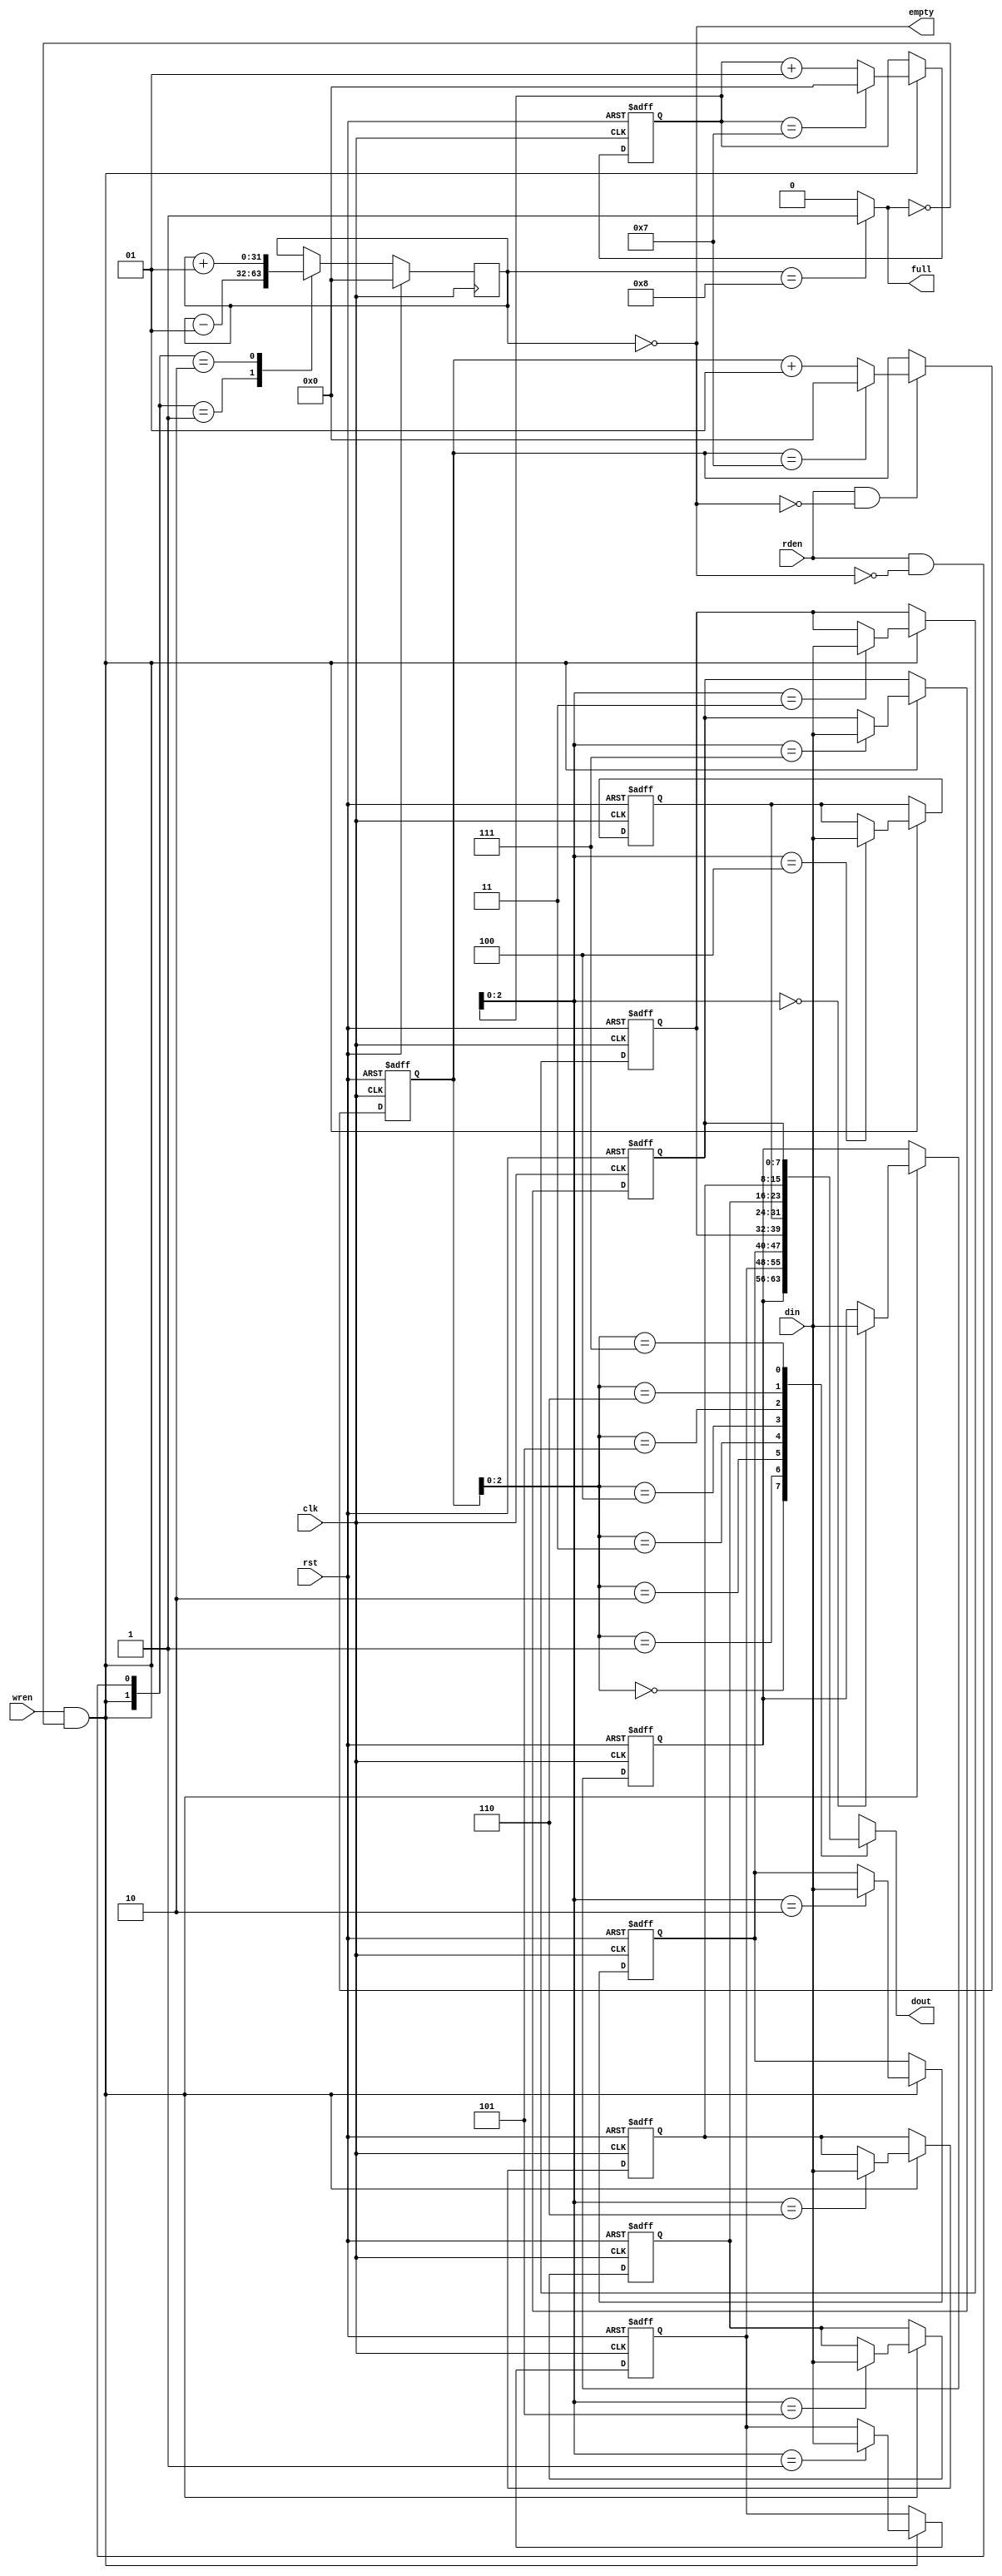
module syn_fifo #(
	parameter DATA_WIDTH = 8, 	// inpit capacity
	parameter DATA_DEPTH = 8 	// the depth of the FIFO
)
(
	input wire clk,
	input wire rst,
// Write_______________________________________________
	input wire [DATA_WIDTH-1:0]din, 	// the input data
	input wire wren, 			// Write anable
	output wire full,
// Read________________________________________________
	output wire [DATA_WIDTH-1:0]dout, 	// The output data
	input wire rden,			// Read enable
	output wire empty
);	
	
	integer q_size;		    // The queue size(length)
	integer golova; 	    // The queue beginning
	integer hvost; 		    // The end of queue

	reg [DATA_WIDTH-1:0]fifo[DATA_DEPTH-1:0];

	assign full = (q_size == DATA_DEPTH) ? 1'b1: 1'b0;			// FIFO is full
/*
 { full = (q_size==DATA_TEPTH) = 1 }, then wire "full" goes to "1" value
 { full = (q_size==DATA_TEPTH) = 0 }, then wire "full" goes to "0" value
*/
assign empty = q_size == 0;							// FIFO is empty
assign dout = fifo[hvost]; 							// FWFT (other write mode)

integer i;

//___________(The queue fullness)___________________
always @(posedge clk or posedge rst)
begin

	if (rst == 1'b1)
	begin
		for (i = 0; i < DATA_DEPTH; i = i + 1)		// incrementing the FIFO
			fifo[i] <= 0;                                   // Resetting the FIFO
			golova <= 0;                                    // Resetting the queue start
	end 
	
	else
	begin		//Write_______________________________________
		if (wren && ~full)
		begin
		  fifo[golova] <= din;				// putting data in to the golova
		  if (golova == DATA_DEPTH-1)			// restrictions for the queue beginning
		  	golova <= 0;					// Reset the beginning
		  	else
		  	golova <= golova + 1;				// other occurence incrementing
		end	
	end
end
//Reading
always @(posedge clk or posedge rst)
begin
	
		if (rst == 1'b1)
		begin
		  hvost <= 0;
		end
/*for staying inside the queue limits - make the
check of non equality of the hvost & queue size*/	
		else
		begin
			if (rden && !empty)			
			begin
				if (hvost == DATA_DEPTH-1)				// if hvost = DATA_DEPTH-1, then
				hvost <= 0;						// Reset hvost
				else
				hvost <= hvost + 1;
			end
		end
end



always @ (posedge clk) 

	begin
		if (rst == 1'b1) begin
		q_size <= 0;
	end 
	
	else 
	begin
		case ({wren && ~full, rden && ~empty} )
		2'b01: q_size <= q_size - 1;		// RO
		2'b10: q_size <= q_size + 1;		// WO
		default: q_size <= q_size;		// read and write at the same time
		endcase		
	end
end

endmodule